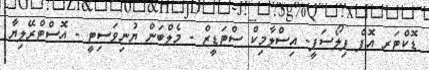
ޑޮކްޓަރ އޮފް ފިލޯސަފީ- އިސްލާމިކް ސްޓަޑީޒް - މެލްބަން ޔުނިވަސިޓީ - އޮސްޓްރޭލިޔާ